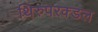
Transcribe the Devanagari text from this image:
थिरुपरक्डल